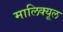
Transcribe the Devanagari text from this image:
मालिक्यूल